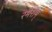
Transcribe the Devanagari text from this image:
रमेशम्